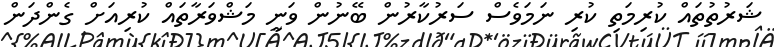
ޝަރުތުތައް ކުރިމަތި ކުރި ނަމަވެސް ސަރުކާރުން ބޭނުން ވަނީ މަޝްވަރާތައް ކުރިއަށް ގެންދަން